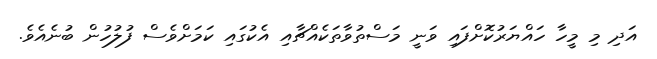
އަދި މި މީހާ ހައްޔަރުކޮށްފައި ވަނީ މަސްތުވާތަކެއްޗާއި އެކުގައި ކަމަށްވެސް ފުލުހުން ބުނެއެވެ.